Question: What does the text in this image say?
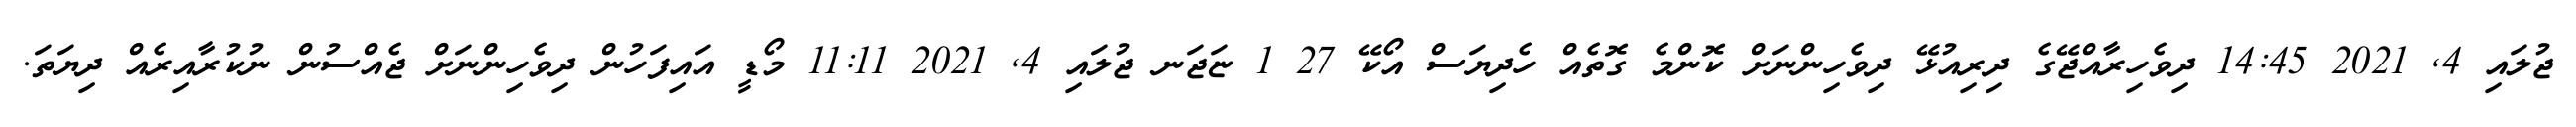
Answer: ޖުލައި 4, 2021 14:45 ދިވެހިރާއްޖޭގެ ދިރިއުޅޭ ދިވެހިންނަށް ކޮންމެ ގޮތެއް ހެދިޔަސް އޯކޭ 27 1 ޏަޖަނ ޖުލައި 4, 2021 11:11 މޯޑީ އައިފަހުން ދިވެހިންނަށް ޖެއްސުން ނުކުރާއިރެއް ދިޔަތަ.